Scottish Leaving Certificate Examination, 1955
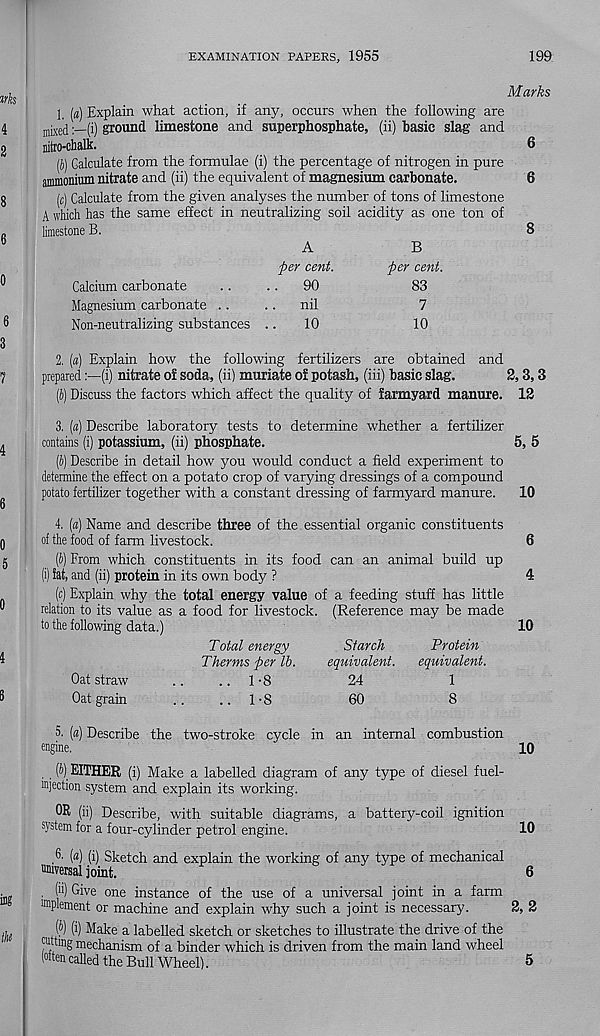
EXAMINATION PAPERS, 1955
199
1
Explain what action, if any, occurs when the following are
mixed(i) ground limestone and superphosphate, (ii) basic slag and
nitro-chalk.
(6) Calculate from the formulae (i) the percentage of nitrogen in pure
ammonium nitrate and (ii) the equivalent of magnesium carbonate.
(c) Calculate from the given analyses the number of tons of limestone
A which has the same effect in neutralizing soil acidity as one ton of
limestone B.
Marks
Calcium carbonate
Magnesium carbonate ..
Non-neutralizing substances
A
per cent.
.
90
.
nil
10
B
per cent.
83
7
10
2. («) Explain how the following fertilizers are obtained and
prepared(i) nitrate of soda, (ii) muriate of potash, (iii) basic slag.
2,3,3
(b) Discuss the factors which affect the quality of farmyard manure. 12
3. (a) Describe laboratory tests to determine whether a fertilizer
contains (i) potassium, (ii) phosphate.
(b) Describe in detail how you would conduct a field experiment to
determine the effect on a potato crop of varying dressings of a compound
potato fertilizer together with a constant dressing of farmyard manure.
4. (a) Name and describe three of the essential organic constituents
of the food of farm livestock.
(!>) From which constituents in its food can an animal build up
(i) fat, and (ii) protein in its own body ?
(c) Explain why the total energy value of a feeding stuff has little
relation to its value as a food for livestock. (Reference may be made
to the following data.)
Total energy
Starch
Protein
Therms per lb.
equivalent. equivalent.
Oat straw
..
.. 1 -8
24
1
Oat grain
..
..1-8
60
8
5,5
10
10
5. [a) Describe
engine.
the two-stroke cycle in an internal combustion
(J) EITHER (i) Make a labelled diagram of any type of diesel fuel-
mjection system and explain its working.
OR (ii) Describe, with suitable diagrams, a battery-coil ignition
system for a four-cylinder petrol engine.
, 6 - («) (i) Sketch and explain the working of any type of mechanical
universal joint.
. (ii) Give one instance of the use of a universal joint in a farm
unplement or machine and explain why such a joint is necessary.
(I 1 ) (i) Make a labelled sketch or sketches to illustrate the drive of the
cuttmg mechanism of a binder which is driven from the main land wheel
(Mtencalled the Bull Wheel).
10
10
2,2